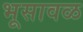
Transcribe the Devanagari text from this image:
भूसावळ